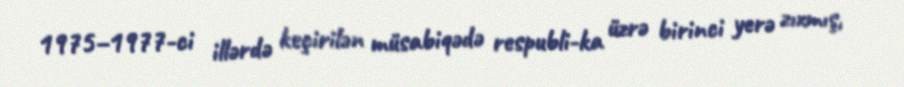
1975–1977-ci illərdə keçirilən müsabiqədə respubli-ka üzrə birinci yerə zıxmış,